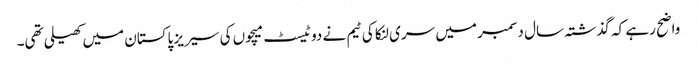
واضح رہے کہ گذشتہ سال دسمبر میں سری لنکا کی ٹیم نے دو ٹیسٹ میچوں کی سیریز پاکستان میں کھیلی تھی۔